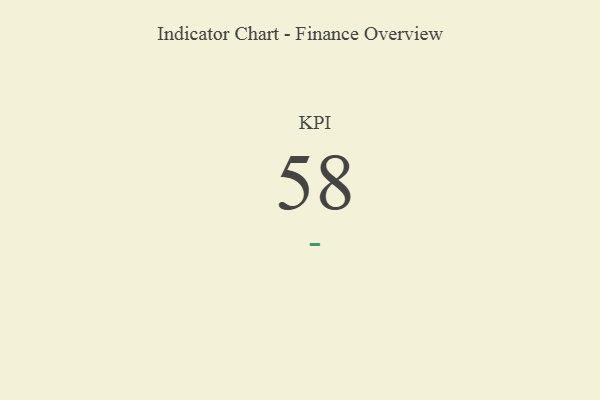
{"axis": {"x": "KPI", "y": "Value"}, "legend": [""], "data": [{"x": "KPI", "y": 58, "type": ""}]}